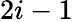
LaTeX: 2i-1